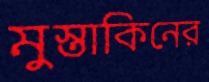
মুস্তাকিনের